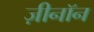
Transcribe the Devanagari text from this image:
ज़ीनॉन